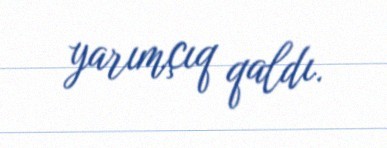
yarımçıq qaldı.